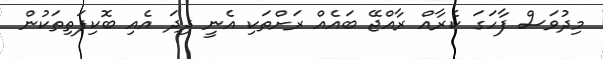
މިދުވަސް ފާހަގަ ކެރާއް ރާއްޖޭ ބައެއް ރަށްތަކި އެނީ ދިދަ އެއި ބޮކިފަތިތަކުން